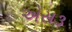
એસ૩